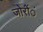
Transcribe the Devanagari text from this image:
जोरोंंं